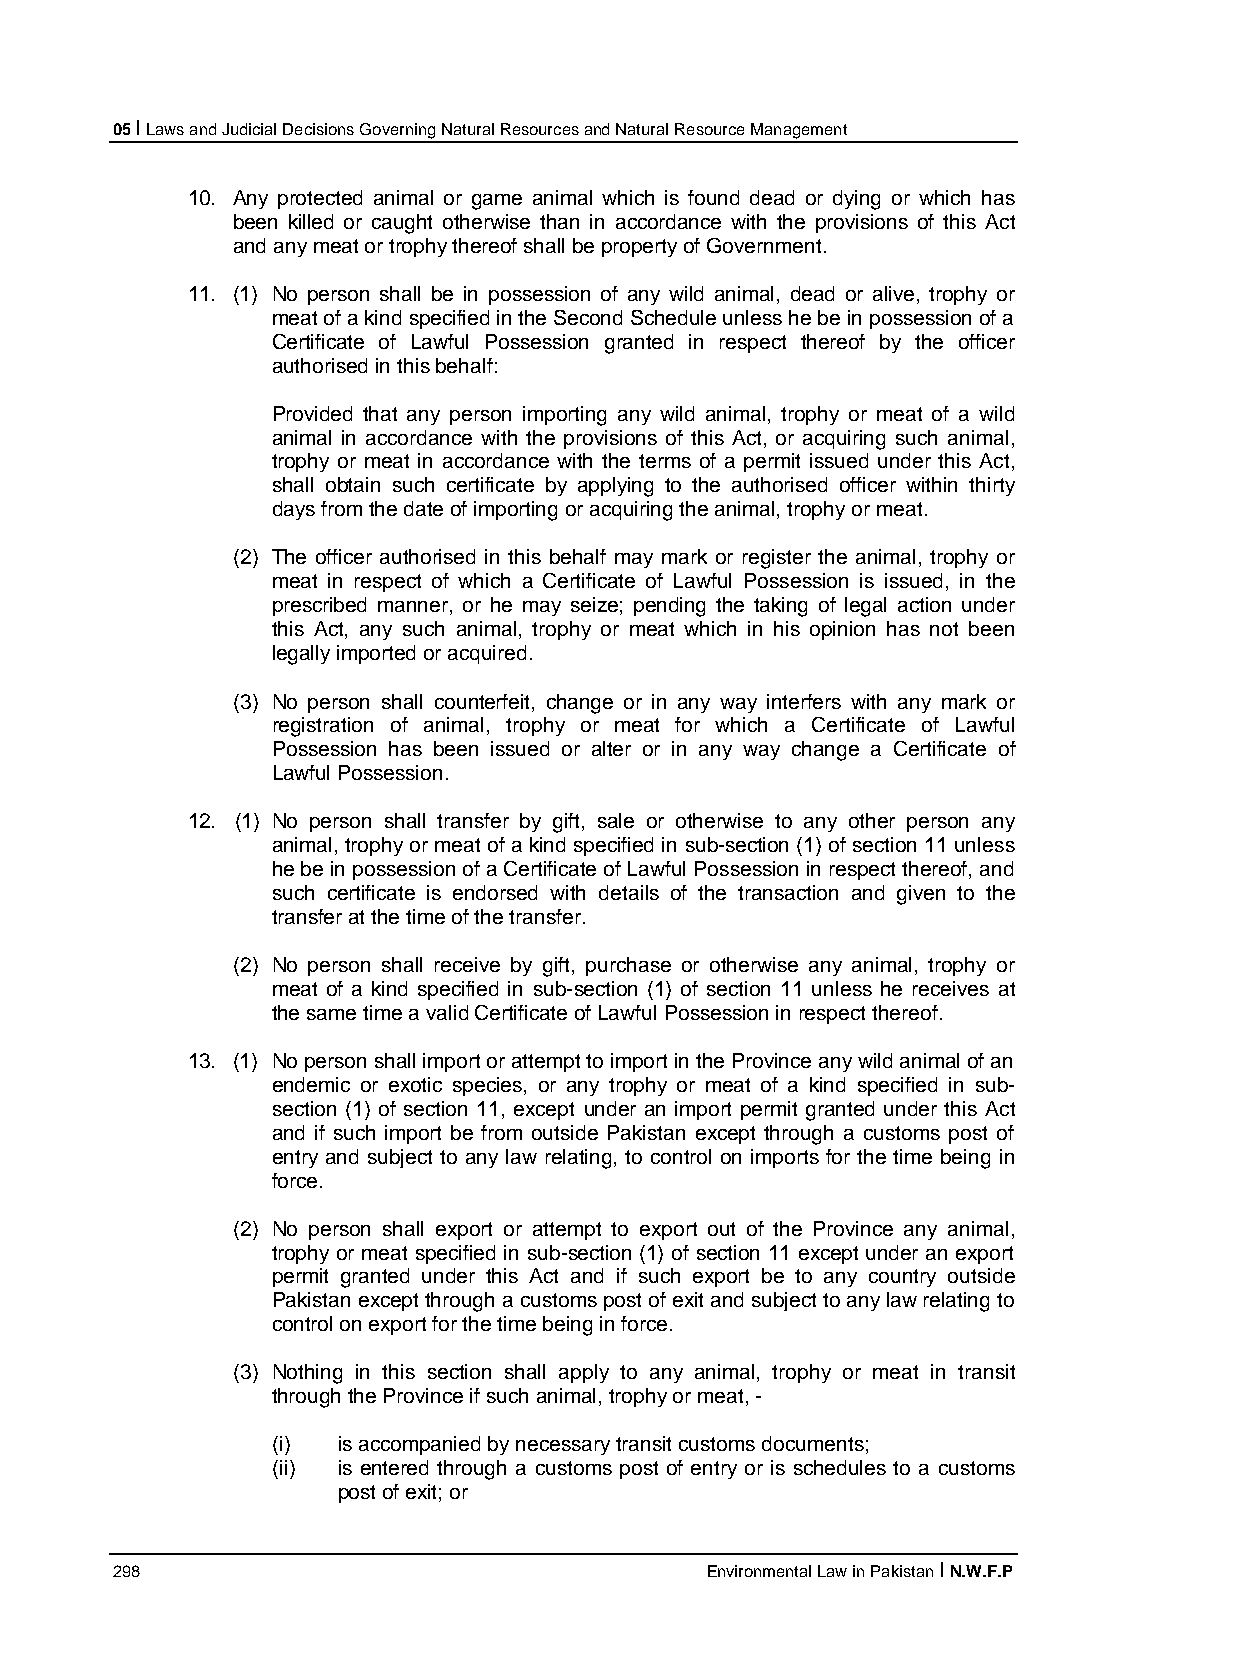
05 I Laws and Judicial Decisions Governing Natural Resources and Natural Resource Management
 10. Any protected animal or game animal which is found dead or dying or which has
 been killed or caught otherwise than in accordance with the provisions of this Act
 and any meat or trophy thereof shall be property of Government.
 11. (1) No person shall be in possession of any wild animal, dead or alive, trophy or
 meat of a kind specified in the Second Schedule unless he be in possession of a
 Certificate of Lawful Possession granted in respect thereof by the officer
 authorised in this behalf:
 Provided that any person importing any wild animal, trophy or meat of a wild
 animal in accordance with the provisions of this Act, or acquiring such animal,
 trophy or meat in accordance with the terms of a permit issued under this Act,
 shall obtain such certificate by applying to the authorised officer within thirty
 days from the date of importing or acquiring the animal, trophy or meat.
 (2) The officer authorised in this behalf may mark or register the animal, trophy or
 meat in respect of which a Certificate of Lawful Possession is issued, in the
 prescribed manner, or he may seize; pending the taking of legal action under
 this Act, any such animal, trophy or meat which in his opinion has not been
 legally imported or acquired.
 (3) No person shall counterfeit, change or in any way interfers with any mark or
 registration of animal, trophy or meat for which a Certificate of Lawful
 Possession has been issued or alter or in any way change a Certificate of
 Lawful Possession.
 12. (1) No person shall transfer by gift, sale or otherwise to any other person any
 animal, trophy or meat of a kind specified in sub-section (1) of section 11 unless
 he be in possession of a Certificate of Lawful Possession in respect thereof, and
 such certificate is endorsed with details of the transaction and given to the
 transfer at the time of the transfer.
 (2) No person shall receive by gift, purchase or otherwise any animal, trophy or
 meat of a kind specified in sub-section (1) of section 11 unless he receives at
 the same time a valid Certificate of Lawful Possession in respect thereof.
 13. (1) No person shall import or attempt to import in the Province any wild animal of an
 endemic or exotic species, or any trophy or meat of a kind specified in sub-
 section (1) of section 11, except under an import permit granted under this Act
 and if such import be from outside Pakistan except through a customs post of
 entry and subject to any law relating, to control on imports for the time being in
 force.
 (2) No person shall export or attempt to export out of the Province any animal,
 trophy or meat specified in sub-section (1) of section 11 except under an export
 permit granted under this Act and if such export be to any country outside
 Pakistan except through a customs post of exit and subject to any law relating to
 control on export for the time being in force.
 (3) Nothing in this section shall apply to any animal, trophy or meat in transit
 through the Province if such animal, trophy or meat, -
 (i) is accompanied by necessary transit customs documents;
 (ii) is entered through a customs post of entry or is schedules to a customs
 post of exit; or
 298                                     Environmental Law in Pakistan I N.W.F.P